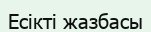
Есікті жазбасы